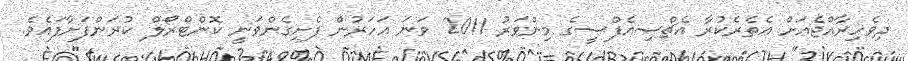
ދިވެހިރާއްޖެއަށް އެތެރެކުރާ އެޗްސިއެފްސީގެ މިންވަރު 2011 ވަނަ އަހަރުން ފެށިގެންވަނީ ކޮންޓްރޯލް ކުރަންފަށާފައެވެ.